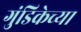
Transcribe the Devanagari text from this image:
गुंडिकेच्या